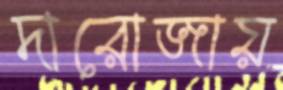
দারোজায়